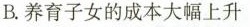
B.养育子女的成本大幅上升